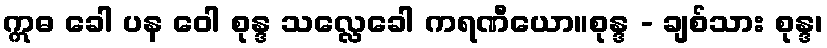
ဣဓ ခေါ ပန ဝေါ စုန္ဒ သလ္လေခေါ ကရဏီယော။စုန္ဒ - ချစ်သား စုန္ဒ၊